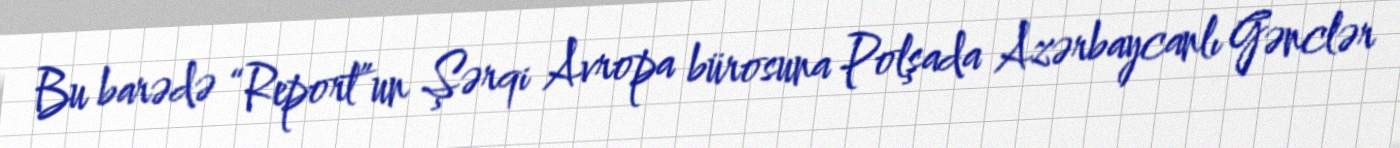
Bu barədə “Report”un Şərqi Avropa bürosuna Polşada Azərbaycanlı Gənclər